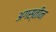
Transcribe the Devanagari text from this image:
अगस्तीन